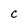
Character: c